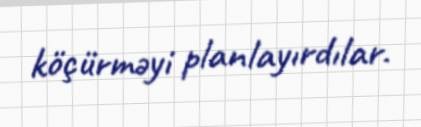
köçürməyi planlayırdılar.